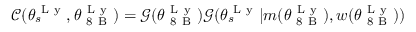
\mathcal { C } ( \theta _ { s } ^ { \mathrm { ~ L ~ y ~ } } , \theta _ { \mathrm { ~ 8 ~ B ~ } } ^ { \mathrm { ~ L ~ y ~ } } ) = \mathcal { G } ( \theta _ { \mathrm { ~ 8 ~ B ~ } } ^ { \mathrm { ~ L ~ y ~ } } ) \mathcal { G } ( \theta _ { s } ^ { \mathrm { ~ L ~ y ~ } } | m ( \theta _ { \mathrm { ~ 8 ~ B ~ } } ^ { \mathrm { ~ L ~ y ~ } } ) , w ( \theta _ { \mathrm { ~ 8 ~ B ~ } } ^ { \mathrm { ~ L ~ y ~ } } ) )